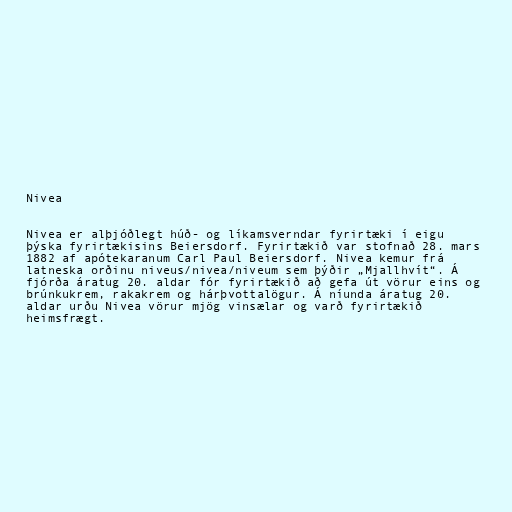
Nivea

Nivea er alþjóðlegt húð- og líkamsverndar fyrirtæki í eigu
þýska fyrirtækisins Beiersdorf. Fyrirtækið var stofnað 28. mars
1882 af apótekaranum Carl Paul Beiersdorf. Nivea kemur frá
latneska orðinu niveus/nivea/niveum sem þýðir „Mjallhvít“. Á
fjórða áratug 20. aldar fór fyrirtækið að gefa út vörur eins og
brúnkukrem, rakakrem og hárþvottalögur. Á níunda áratug 20.
aldar urðu Nivea vörur mjög vinsælar og varð fyrirtækið
heimsfrægt.